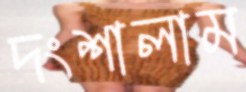
দংশালাম